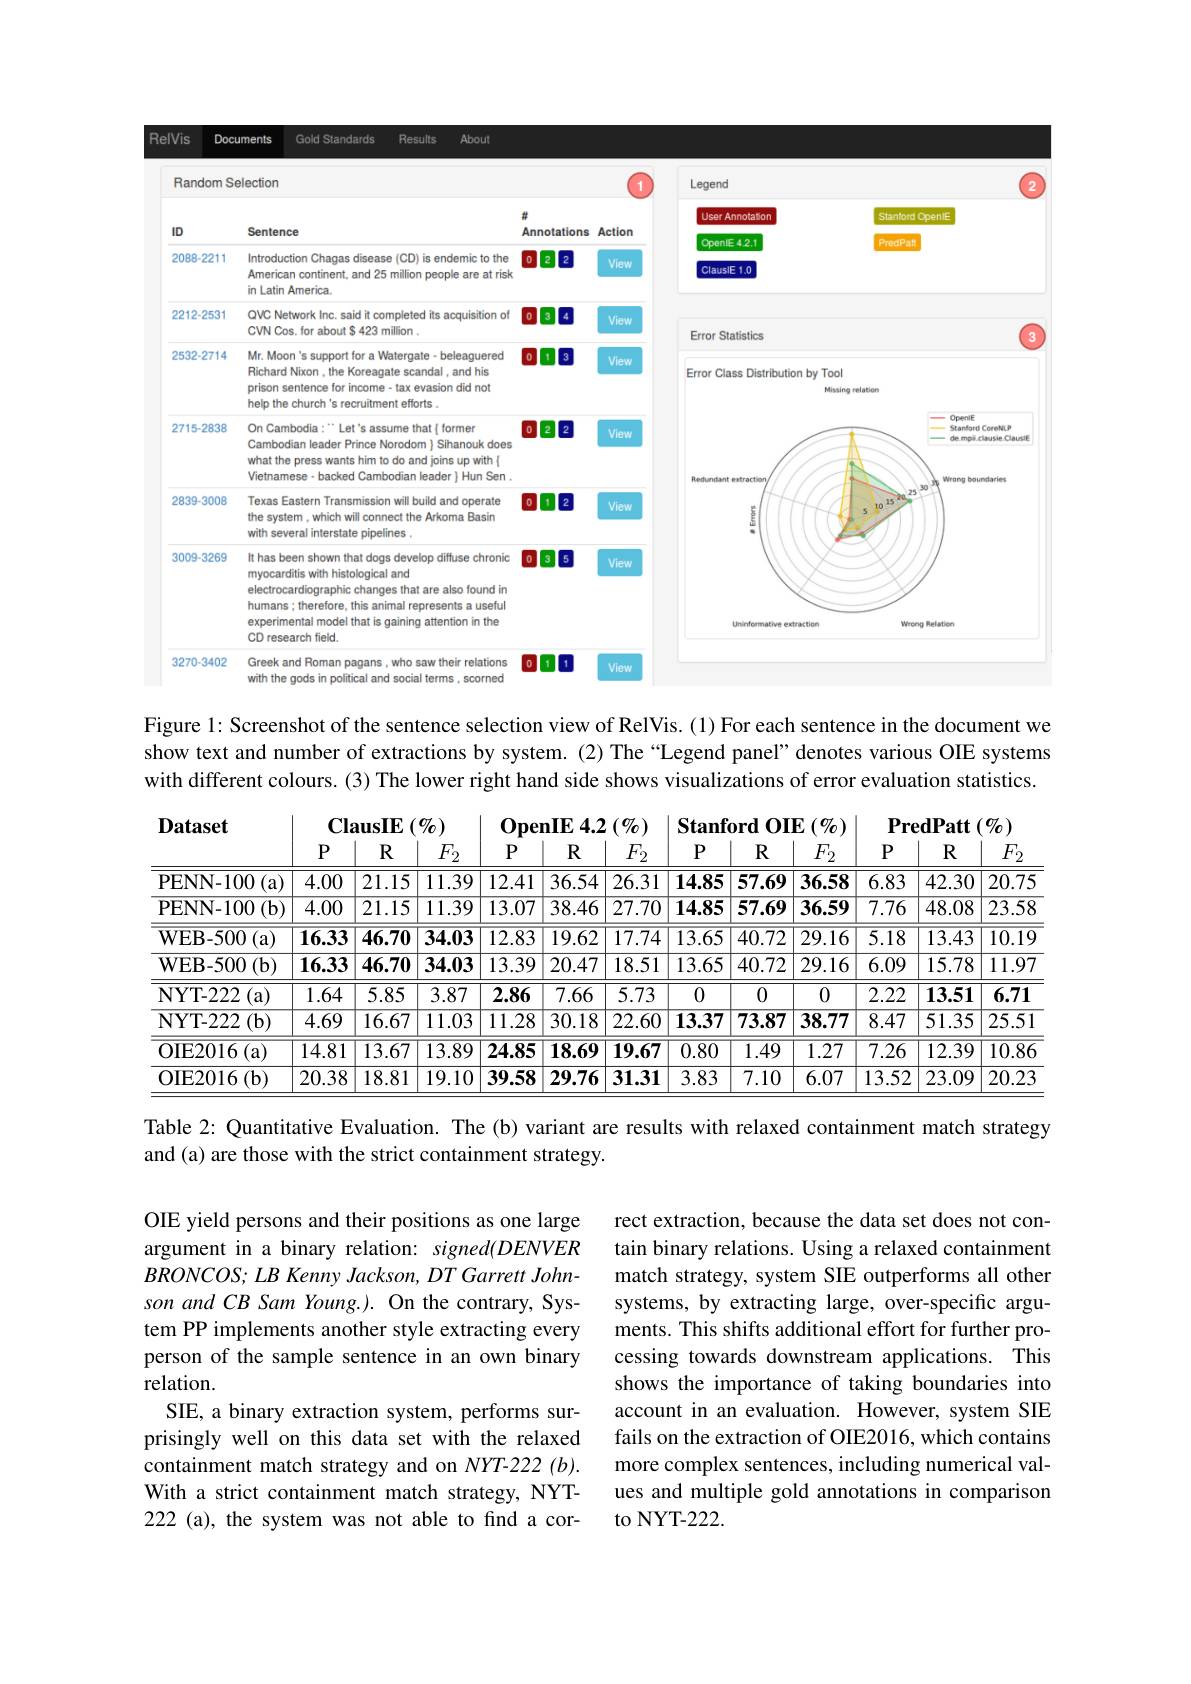
<FigureHere>

Figure 1: Screenshot of the sentence selection view of RelVis. (1) For each sentence in the document we show text and number of extractions by system. (2) The “Legend panel” denotes various OIE systems with different colours. (3) The lower right hand side shows visualizations of error evaluation statistics.

<table>
	<tbody>
		<tr>
			<th rowspan="2">$\mathbf{Dataset}$</th>
			<th colspan="3">ClausIE $E\left(\%\right)$</th>
			<th colspan="3">$\mathbf{O}_{\mathbf{penIE}}4.2\left(\%\right)$</th>
			<th colspan="3">$\mathbf{Stanford}$ $\mathbf{l}\mathbf{OIE}$ $\Sigma\left(\%\right)$</th>
			<th colspan="3">$\mathbf{PredPatt}\left(\%\right)$</th>
		</tr>
		<tr>
			<th>$P$</th>
			<th>$R$</th>
			<th>$F_2$</th>
			<th>$P$</th>
			<th>$R$</th>
			<th>$F_2$</th>
			<th>$P$</th>
			<th>$R$</th>
			<th>$F_2$</th>
			<th>$P$</th>
			<th>$R$</th>
			<th>$F_2$</th>
		</tr>
		<tr>
			<td>PENN- 100 (a)</td>
			<td>4.00</td>
			<td>21.15</td>
			<td>11.39</td>
			<td>12.41</td>
			<td>36.54</td>
			<td>26.31</td>
			<td>14.85</td>
			<td>57.69</td>
			<td>36.58</td>
			<td>6.83</td>
			<td>42.30</td>
			<td>20.75</td>
		</tr>
		<tr>
			<td>PENN- 100 $(\mathbf{b})$</td>
			<td>$\overline{4.00}$</td>
			<td>21.15</td>
			<td>$\overline{11.39}$</td>
			<td>13.07</td>
			<td>$\overline{38.46}$</td>
			<td>$\overline{27.70}$</td>
			<td>14.85</td>
			<td>57.69</td>
			<td>36.59</td>
			<td>$\overline{7.76}$</td>
			<td>48.08</td>
			<td>23.58</td>
		</tr>
		<tr>
			<td>$\mathbf{WEB-500}$ $)\left(\mathrm{a}\right)$ 1 1</td>
			<td>16.33</td>
			<td>$\overline{46.70}$</td>
			<td>34.03</td>
			<td>$\overline{12.83}$</td>
			<td>19.62</td>
			<td>17.74</td>
			<td>13.65</td>
			<td>40.72</td>
			<td>$\overline{29.16}$</td>
			<td>$\overline{5.18}$</td>
			<td>13.43</td>
			<td>$\overline{10.19}$</td>
		</tr>
		<tr>
			<td>$\mathbf{WEB-500}$ $)(\mathbf{b})$</td>
			<td>16.33</td>
			<td>46.70</td>
			<td>34.03</td>
			<td>13.39</td>
			<td>20.47</td>
			<td>18.51</td>
			<td>13.65</td>
			<td>40.72</td>
			<td>29.16</td>
			<td>6.09</td>
			<td>15.78</td>
			<td>$\overline{11.97}$</td>
		</tr>
		<tr>
			<td>NYT- 222 (a)</td>
			<td>1.64</td>
			<td>5.85</td>
			<td>3.87</td>
			<td>2.86</td>
			<td>7.66</td>
			<td>5.73</td>
			<td>0</td>
			<td>0</td>
			<td>0</td>
			<td>2.22</td>
			<td>13.51</td>
			<td>6.71</td>
		</tr>
		<tr>
			<td>$(\mathbf{b})$ $\mathbf{NYT-222}$</td>
			<td>$\overline{4.69}$</td>
			<td>$\overline{16.67}$</td>
			<td>11.03</td>
			<td>$\overline{11.28}$</td>
			<td>$\overline{30.18}$</td>
			<td>$\overline{22.60}$</td>
			<td>13.37</td>
			<td>73.87</td>
			<td>$\overline{38.77}$</td>
			<td>$\overline{8.47}$</td>
			<td>51.35</td>
			<td>25.51</td>
		</tr>
		<tr>
			<td>OIE2016 ${\text{,(a)}}$</td>
			<td>$\overline{14.81}$</td>
			<td>$\overline{13.67}$</td>
			<td>13.89</td>
			<td>24.85</td>
			<td>18.69</td>
			<td>19.67</td>
			<td>0.80</td>
			<td>$\overline{1.49}$</td>
			<td>$\overline{1.27}$</td>
			<td>$\overline{7.26}$</td>
			<td>12.39</td>
			<td>$\overline{10.86}$</td>
		</tr>
		<tr>
			<td>OIE2016 ( b) </td>
			<td>20.38</td>
			<td>18.81</td>
			<td>19.10</td>
			<td>39.58</td>
			<td>29.76</td>
			<td>31.31</td>
			<td>3.83</td>
			<td>7.10</td>
			<td>6.07</td>
			<td>13.52</td>
			<td>23.09</td>
			<td>20.23</td>
		</tr>
	</tbody>
</table>

Table 2: Quantitative Evaluation. The (b) variant are results with relaxed containment match strategy
and (a) are those with the strict containment strategy.

rect extraction, because the data set does not contain binary relations. Using a relaxed containment match strategy, system SIE outperforms all other systems, by extracting large, over-specific arguments. This shifts additional effort for further processing towards downstream applications. This shows the importance of taking boundaries into account in an evaluation. However, system SIE fails on the extraction of OIE2016, which contains more complex sentences, including numerical values and multiple gold annotations in comparison to NYT-222.

OIE yield persons and their positions as one large argument in a binary relation: signed(DENVER $BRONCOS; \textit{ LB Kenny Jackson, DT Garrett John- }$ son and CB Sam Young.). On the contrary, System PP implements another style extracting every person of the sample sentence in an own binary relation.
SIE, a binary extraction system, performs surprisingly well on this data set with the relaxed containment match strategy and on NYT-222(b). With a strict containment match strategy, NYT- 222 (a), the system was not able to find a cor-